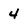
Character: 4